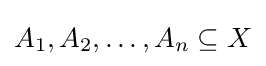
A_{1},A_{2},\dots ,A_{n}\subseteq X